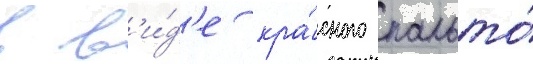
в в'и́д'е кра́сного пальто́